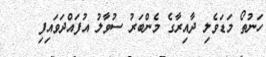
ހަނުތޯ މަޑަވެލި ދާއިރާގެ މެންބަރު ސުވާލު އުފައްދަވައިފި